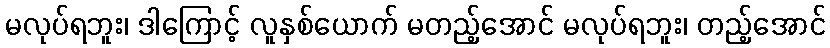
မလုပ်ရဘူး၊ ဒါကြောင့် လူနှစ်ယောက် မတည့်အောင် မလုပ်ရဘူး၊ တည့်အောင်